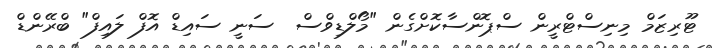
ޓޫރިޒަމް މިނިސްޓްރީން ސްޕޮންސާކޮށްގެން "މޯލްޑިވްސް  ސަނީ ސައިޑް އޮފް ލައިފް" ބްރޭންޑް